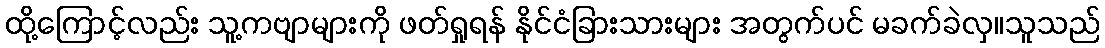
ထို့ကြောင့်လည်း သူ့ကဗျာများကို ဖတ်ရှုရန် နိုင်ငံခြားသားများ အတွက်ပင် မခက်ခဲလှ။သူသည်